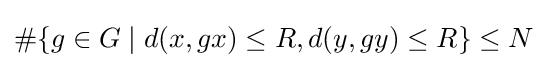
\#\{g\in G\mid d(x,gx)\leq R,d(y,gy)\leq R\}\leq N